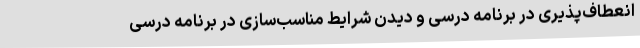
انعطاف‌پذیری در برنامه درسی و دیدن شرایط مناسب‌سازی در برنامه درسی